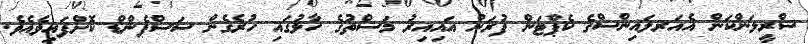
ސްރީލަންކަން އެއަރލައިންސްގެ ކެޕްޓަން ފުރަން އައިއިރު މަސްތުގެ ހާލުގައި ހުރެގެން ސަސްޕެންޑް ކޮށްފައިވެއެވެ.